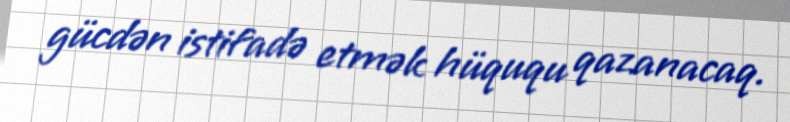
gücdən istifadə etmək hüququ qazanacaq.